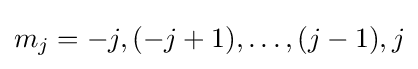
m_{j}=-j,(-j+1),\ldots ,(j-1),j